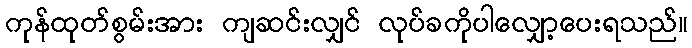
ကုန်ထုတ်စွမ်းအား ကျဆင်းလျှင် လုပ်ခကိုပါလျှော့ပေးရသည်။